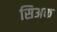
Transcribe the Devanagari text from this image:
सिअक